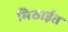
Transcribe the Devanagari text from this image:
मिठाईत